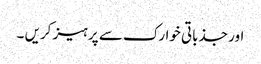
اور جذباتی خوارک سے پرہیز کریں ۔